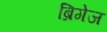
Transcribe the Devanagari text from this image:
ब्रिगेज